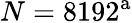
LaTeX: N=8192^{\mathrm{a}}